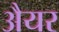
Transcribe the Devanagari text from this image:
अैयर